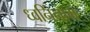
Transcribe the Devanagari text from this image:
ध्वनिनाम